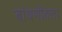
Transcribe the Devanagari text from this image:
बांधणीतला